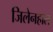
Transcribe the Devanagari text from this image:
जिलेनहाल